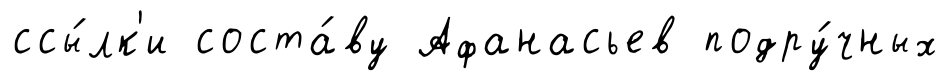
ссы́лк'и соста́ву Афанасьев подру́чных